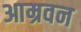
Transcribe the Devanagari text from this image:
आम्रवन